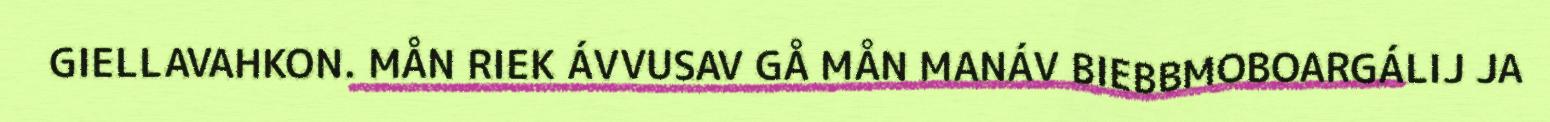
GIELLAVAHKON. MÅN RIEK ÁVVUSAV GÅ MÅN MANÁV BIEBBMOBOARGÁLIJ JA